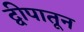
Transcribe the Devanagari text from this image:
द्वीपातून